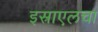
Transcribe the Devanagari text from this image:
इस्राएलचा